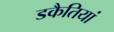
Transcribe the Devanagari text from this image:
डकैतियां